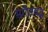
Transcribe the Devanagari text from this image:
सगीतबद्ध